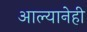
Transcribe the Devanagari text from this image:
आल्यानेही